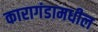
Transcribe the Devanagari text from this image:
कारागंडामधील